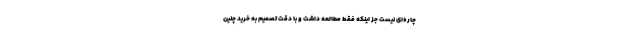
چاره‌ای نیست جز اینکه فقط مطالعه داشت و با دقت تصمیم به خرید چنین